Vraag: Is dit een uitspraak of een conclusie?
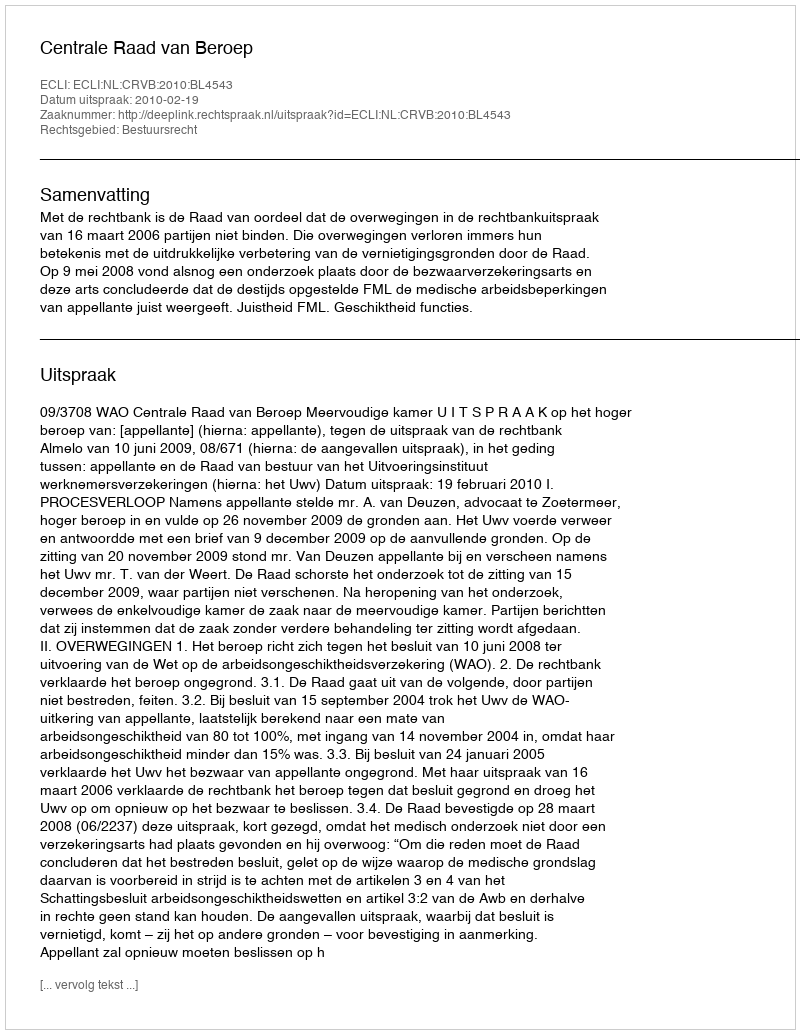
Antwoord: Uitspraak